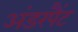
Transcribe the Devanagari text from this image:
अंडरपैंट